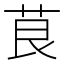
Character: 茛